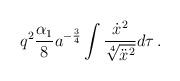
LaTeX: \begin{align*}q^2\frac{\alpha_1}{8}a^{-\frac34}\int{\frac{\dot{x}^2}{\sqrt[4]{\ddot{x}^2}}d\tau}\,.\end{align*}